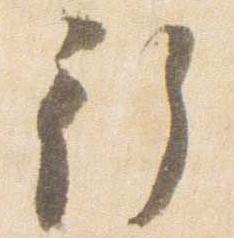
行